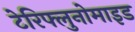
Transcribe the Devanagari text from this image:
टेरिफ्लुनोमाइड